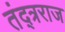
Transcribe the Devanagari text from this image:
तंद्त्रराज